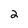
Character: 2